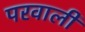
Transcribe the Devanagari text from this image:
परवाली